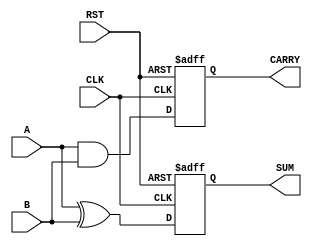
module sequential_half_adder(
    input wire A,        // Single-bit input A
    input wire B,        // Single-bit input B
    input wire CLK,      // Clock signal
    input wire RST,      // Reset signal
    output reg SUM,      // Output for sum
    output reg CARRY     // Output for carry
);

    // Internal state registers to hold the previous sum and carry values
    reg prev_sum;
    reg prev_carry;

    // Sequential logic for the half-adder
    always @(posedge CLK or posedge RST) begin
        if (RST) begin
            // Reset state on RST
            SUM <= 1'b0;
            CARRY <= 1'b0;
            prev_sum <= 1'b0;
            prev_carry <= 1'b0;
        end else begin
            // Compute current sum and carry
            SUM <= A ^ B;          // SUM = A XOR B
            CARRY <= A & B;       // CARRY = A AND B
            
            // Store the current outputs in the previous state registers
            prev_sum <= SUM;
            prev_carry <= CARRY;
        end
    end

endmodule